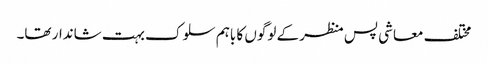
مختلف معاشی پس منظر کے لوگوں کا باہم سلوک بہت شاندار تھا۔